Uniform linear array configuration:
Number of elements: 4
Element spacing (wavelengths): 0.25
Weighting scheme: kaiser
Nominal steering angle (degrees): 15
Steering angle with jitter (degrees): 13.125
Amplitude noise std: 0.05
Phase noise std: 0.05

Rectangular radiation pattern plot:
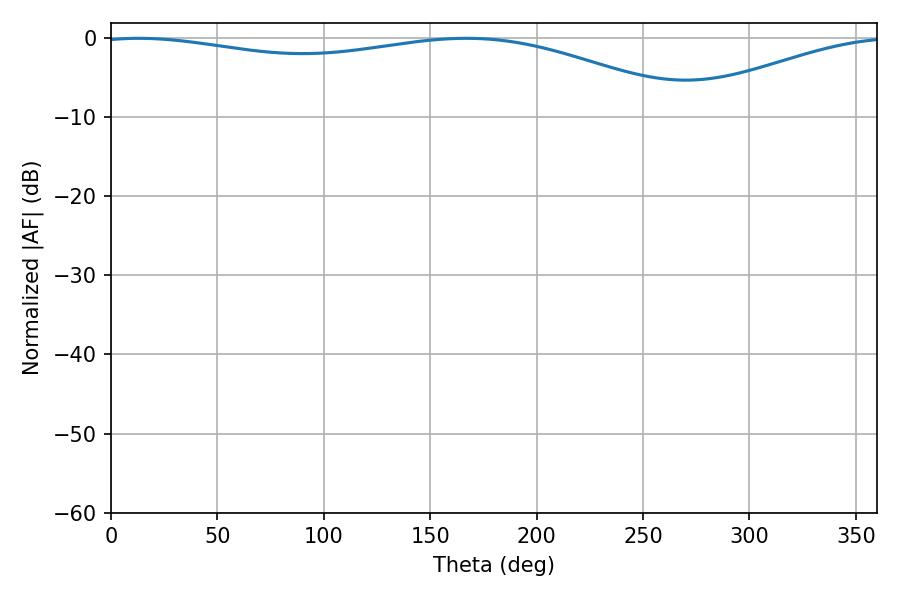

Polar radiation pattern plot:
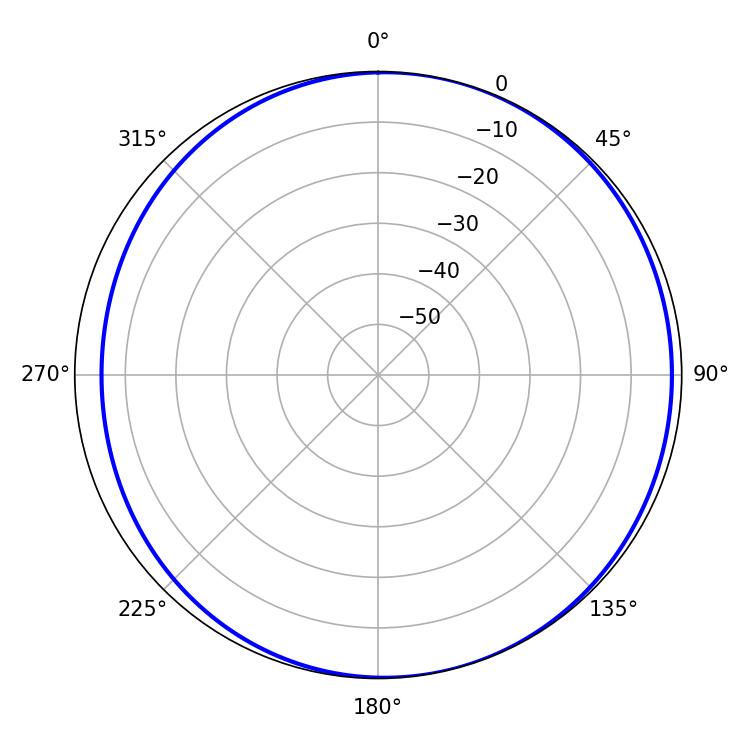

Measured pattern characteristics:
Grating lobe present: FALSE
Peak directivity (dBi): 4.968
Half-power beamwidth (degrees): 226.62
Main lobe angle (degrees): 12.96